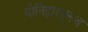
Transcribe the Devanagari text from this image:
योनिद्वारतूनच